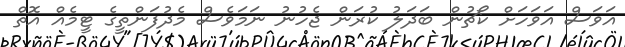
އަވަސް އަވަހަށް ކޯޗުން ބަދަލު ކުރަން ޖެހުނު ނަމަވެސް މެދުފަންތީގެ ޓީމެއް އޮތް